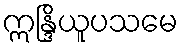
ဣန္ဒြိယူပသမေ